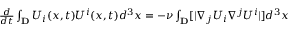
\begin{array} { r } { \frac { d } { d t } \int _ { \mathbf { D } } { U } _ { i } ( x , t ) { U } ^ { i } ( x , t ) d ^ { 3 } x = - \nu \int _ { \mathbf { D } } [ | \nabla _ { j } { U } _ { i } \nabla ^ { j } { U } ^ { i } | ] d ^ { 3 } x } \end{array}